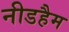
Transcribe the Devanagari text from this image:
नीडहैम